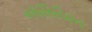
ઍસિરિયન